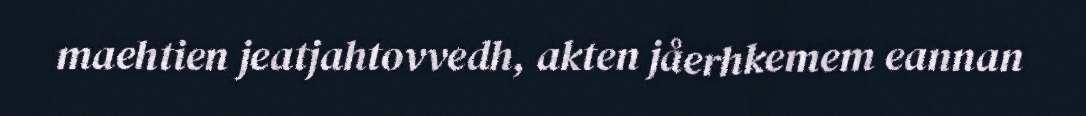
maehtien jeatjahtovvedh, akten jåerhkemem eannan